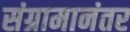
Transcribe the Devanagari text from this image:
संग्रामानंतर